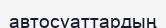
автосуаттардың